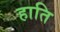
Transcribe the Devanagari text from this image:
हाति